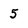
Character: 5